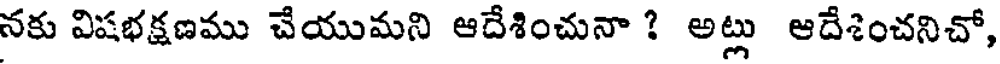
నకు విషభక్షణము చేయుమని ఆదేశించునా ? అట్లు ఆదేశించనిచో,